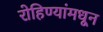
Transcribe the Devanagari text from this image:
रोहिण्यांमधून